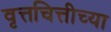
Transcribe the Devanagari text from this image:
वृत्तचित्तीच्या